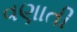
વણાતી